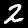
Digit: 2